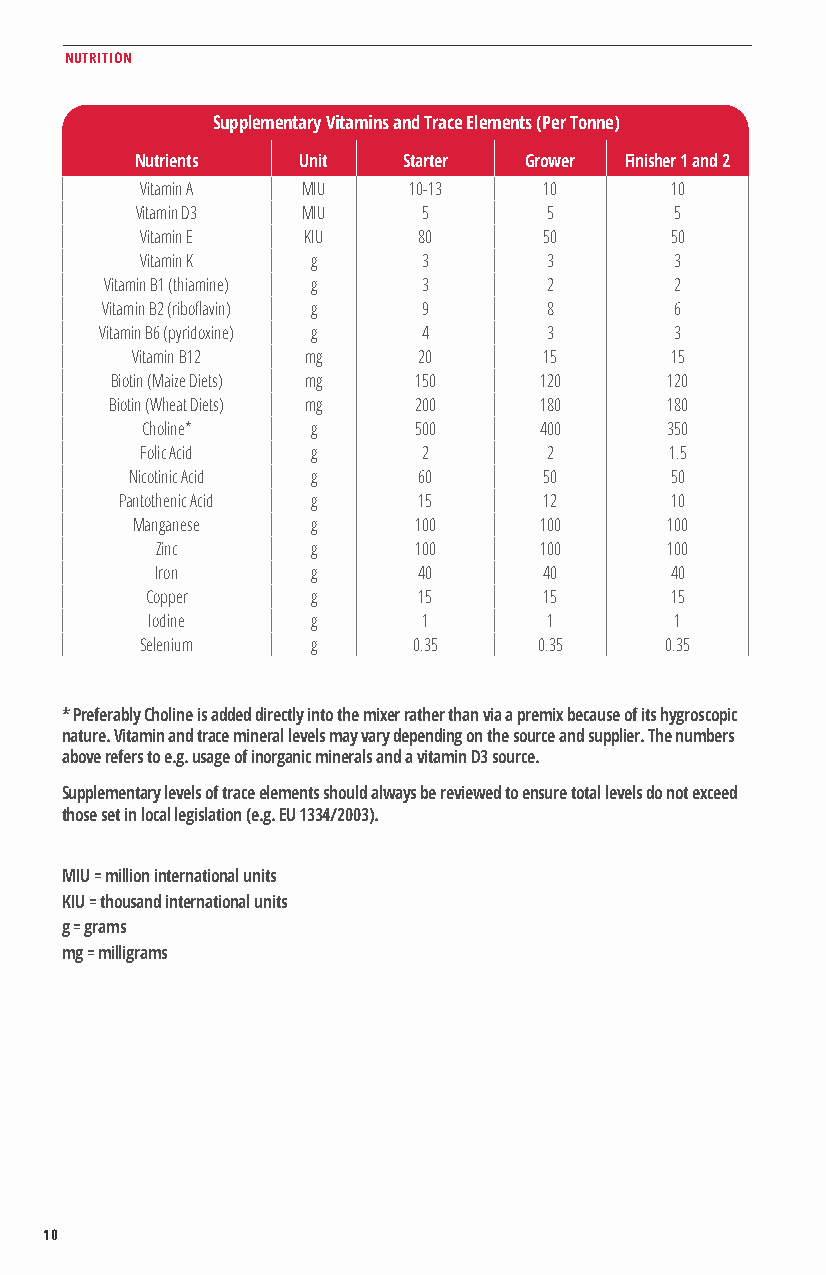
NUTRITION
 Supplementary Vitamins and Trace Elements (Per Tonne)
 Nutrients  Unit   Starter Grower Finisher 1 and 2
 Vitamin A  MIU    10-13    10      10
 Vitamin D3 MIU     5       5        5
 Vitamin E  KIU     80      50      50
 Vitamin K   g      3       3        3
 Vitamin B1 (thiamine) g 3    2        2
 Vitamin B2 (riboflavin) g 9  8        6
 Vitamin B6 (pyridoxine) g 4  3        3
 Vitamin B12 mg     20      15      15
 Biotin (Maize Diets) mg 150  120     120
 Biotin (Wheat Diets) mg 200  180     180
 Choline*    g     500      400     350
 Folic Acid  g      2       2       1.5
 Nicotinic Acid g   60      50      50
 Pantothenic Acid g  15      12      10
 Manganese   g     100      100     100
 Zinc       g     100      100     100
 Iron       g      40      40      40
 Copper     g      15      15      15
 Iodine     g      1       1        1
 Selenium    g     0.35     0.35    0.35
 * Preferably Choline is added directly into the mixer rather than via a premix because of its hygroscopic
 nature. Vitamin and trace mineral levels may vary depending on the source and supplier. The numbers
 above refers to e.g. usage of inorganic minerals and a vitamin D3 source.
 Supplementary levels of trace elements should always be reviewed to ensure total levels do not exceed
 those set in local legislation (e.g. EU 1334/2003).
 MIU = million international units
 KIU = thousand international units
 g = grams
 mg = milligrams
 10